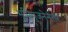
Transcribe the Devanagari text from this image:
भूमिपुजनेनंतर